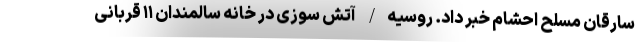
سارقان مسلح احشام خبر داد. روسیه/ آتش سوزی در خانه سالمندان ۱۱ قربانی